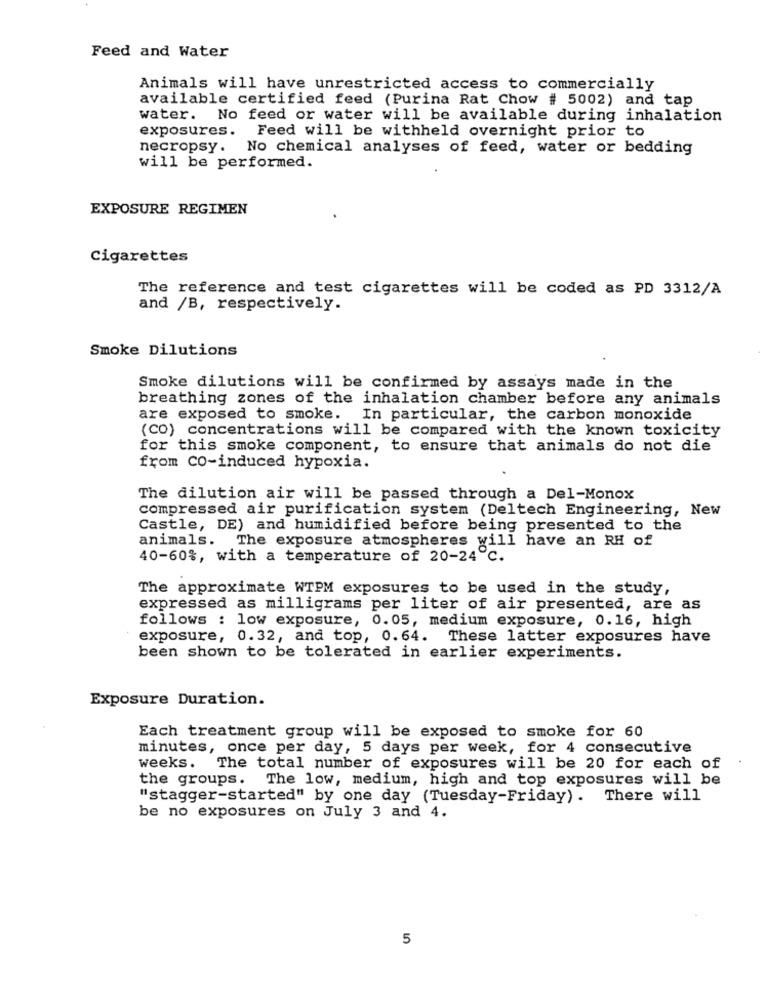
Feed and Water
Animals will have unrestricted access to commercially
available certified feed (Purina Rat Chow # 5002) and tap
water. No feed or water will be available during inhalation
exposures.
Feed will be withheld overnight prior to
necropsy. No chemical analyses of feed, water or bedding
will be performed.
EXPOSURE REGIMEN
Cigarettes
The reference and test cigarettes will be coded as PD 3312/A
and /B, respectively.
Smoke Dilutions
Smoke dilutions will be confirmed by assays made in the
breathing zones of the inhalation chamber before any animals
are exposed to smoke.
In particular, the carbon monoxide
(CO) concentrations will be compared with the known toxicity
for this smoke component, to ensure that animals do not die
from CO-induced hypoxia.
The dilution air will be passed through a Del-Monox
compressed air purification system (Deltech Engineering, New
Castle, DE) and humidified before being presented to the
animals. The exposure atmospheres will have an RH of
40-60%, with a temperature of 20-24℃.
The approximate WTPM exposures to be used in the study,
expressed as milligrams per liter of air presented, are as
follows : low exposure, 0.05, medium exposure, 0.16, high
exposure, 0.32, and top, 0.64. These latter exposures have
been shown to be tolerated in earlier experiments.
Exposure Duration.
Each treatment group will be exposed to smoke for 60
minutes, once per day, 5 days per week, for 4 consecutive
weeks. The total number of exposures will be 20 for each of
the groups. The low, medium, high and top exposures will be
"stagger-started" by one day (Tuesday-Friday) . There will
be no exposures on July 3 and 4.
5